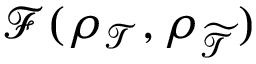
\mathcal { F } ( \rho _ { \mathcal { T } } , \rho _ { \widetilde { \mathcal { T } } } )